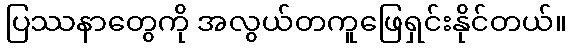
ပြဿနာတွေကို အလွယ်တကူဖြေရှင်းနိုင်တယ်။